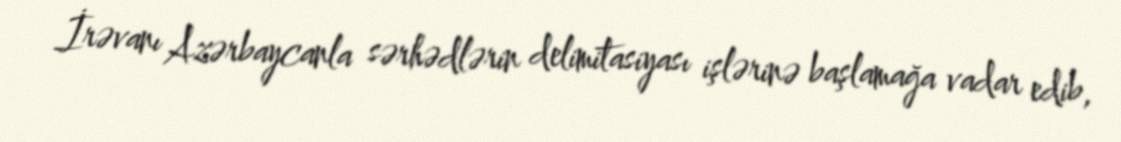
İrəvanı Azərbaycanla sərhədlərin delimitasiyası işlərinə başlamağa vadar edib,